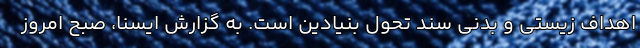
اهداف زیستی و بدنی سند تحول بنیادین است. به گزارش ایسنا، صبح امروز